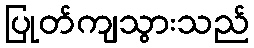
ပြုတ်ကျသွားသည်